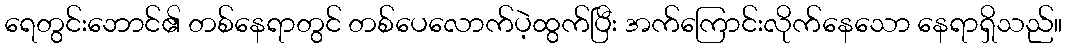
ရေတွင်းဘောင်၏ တစ်နေရာတွင် တစ်ပေလောက်ပဲ့ထွက်ပြီး အက်ကြောင်းလိုက်နေသော နေရာရှိသည်။